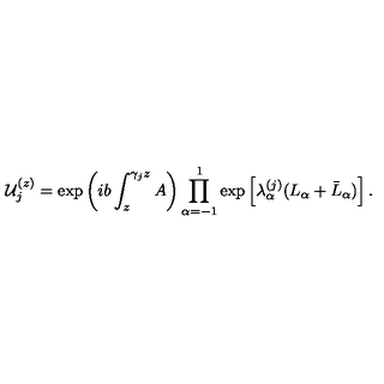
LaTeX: { \cal U } _ { j } ^ { ( z ) } = \mathrm { e x p } \left( i b \int _ { z } ^ { \gamma _ { j } z } A \right) \prod _ { \alpha = - 1 } ^ { 1 } \mathrm { e x p } \left[ \lambda _ { \alpha } ^ { ( j ) } ( L _ { \alpha } + \bar { L } _ { \alpha } ) \right] .